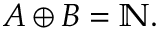
A \oplus B = \mathbb { N } .